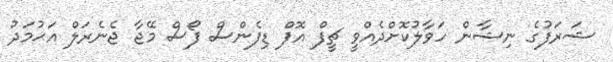
ޝަރަފުގެ ނިޝާން ހަވާލުކޮށްދެއްވީ ޗީފް އޮފް ޑިފެންސް ފޯސް މޭޖާ ޖެނެރަލް އަޙުމަދު